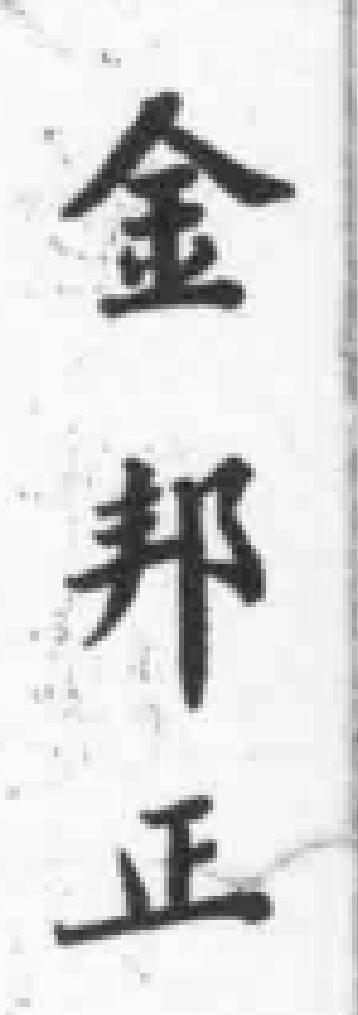
金邦正